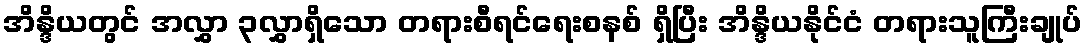
အိန္ဒိယတွင် အလွှာ ၃လွှာရှိသော တရားစီရင်ရေးစနစ် ရှိပြီး အိန္ဒိယနိုင်ငံ တရားသူကြီးချုပ်